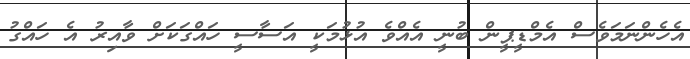
އެހެންނަމަވެސް އެމްޑީޕީން ބުނީ އެއްވެ އުޅުމަކީ އަސާސީ ހައްގަކަށް ވާއިރު އެ ހައްގު